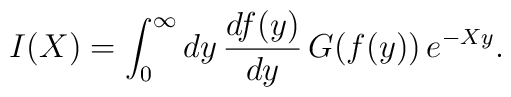
I(X)=\int_{0}^{\infty} dy\,\frac{df(y)}{dy}\,G(f(y))\,e^{-Xy}.